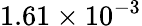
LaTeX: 1.61\times 10^{-3}